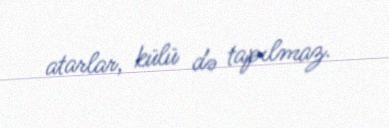
atarlar, külü də tapılmaz.